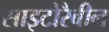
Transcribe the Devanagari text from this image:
साइटोरैबीन